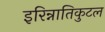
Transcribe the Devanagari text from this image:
इरिन्नातिकुटल